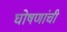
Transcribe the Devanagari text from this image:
घोषणांची